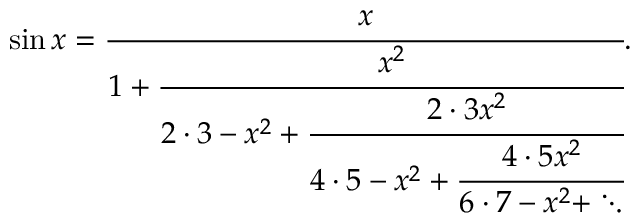
\sin x = { \cfrac { x } { 1 + { \cfrac { x ^ { 2 } } { 2 \cdot 3 - x ^ { 2 } + { \cfrac { 2 \cdot 3 x ^ { 2 } } { 4 \cdot 5 - x ^ { 2 } + { \cfrac { 4 \cdot 5 x ^ { 2 } } { 6 \cdot 7 - x ^ { 2 } + \ddots } } } } } } } } .